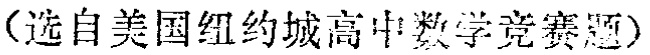
（选自美国纽约城高中数学竞赛题）